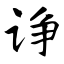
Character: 诤